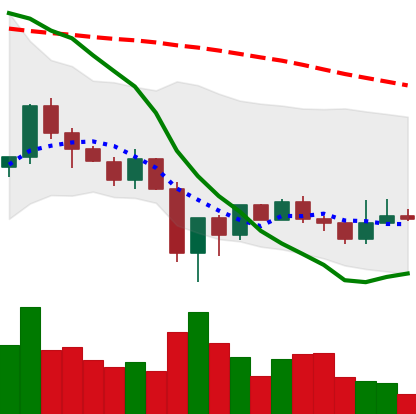
Ticker: LINK-USD
Chart end date: 2019-12-28
Forward return: -7.106%
Label: down_7plus